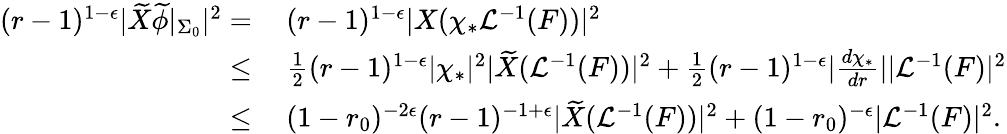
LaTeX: \begin{array}{rl}{(r-1)^{1-\epsilon}|\widetilde{X}\widetilde{\phi}|_{\Sigma_{0}}|^{2}=}&{\: (r-1)^{1-\epsilon}|X(\chi_{*}\mathcal{L}^{-1}(F))|^{2}}\\ {\leq}&{\: \frac{1}{2}(r-1)^{1-\epsilon}|\chi_{*}|^{2}|\widetilde{X}(\mathcal{L}^{-1}(F))|^{2}+\frac{1}{2}(r-1)^{1-\epsilon}|\frac{d\chi_{*}}{dr}||\mathcal{L}^{-1}(F)|^{2}}\\ {\leq}&{\: (1-r_{0})^{-2\epsilon}(r-1)^{-1+\epsilon}|\widetilde{X}(\mathcal{L}^{-1}(F))|^{2}+(1-r_{0})^{-\epsilon}|\mathcal{L}^{-1}(F)|^{2}.}\end{array}